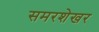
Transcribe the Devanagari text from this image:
समरशेखर